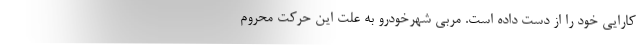
کارایی خود را از دست داده است. مربی شهرخودرو به علت این حرکت محروم